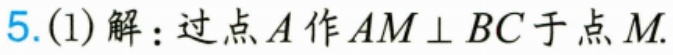
5.(1)解：过点\(A\)作\(AM \perp BC\)于点\(M\).